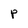
Character: P